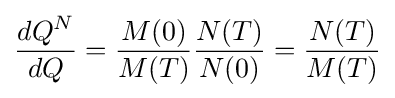
{\frac {dQ^{N}}{dQ}}={\frac {M(0)}{M(T)}}{\frac {N(T)}{N(0)}}={\frac {N(T)}{M(T)}}